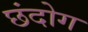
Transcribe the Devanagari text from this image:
छंदोग